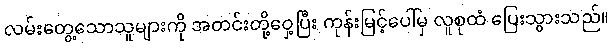
လမ်းတွေ့သောသူများကို အတင်းတို့ဝှေ့ပြီး ကုန်းမြင့်ပေါ်မှ လူစုထံ ပြေးသွားသည်။